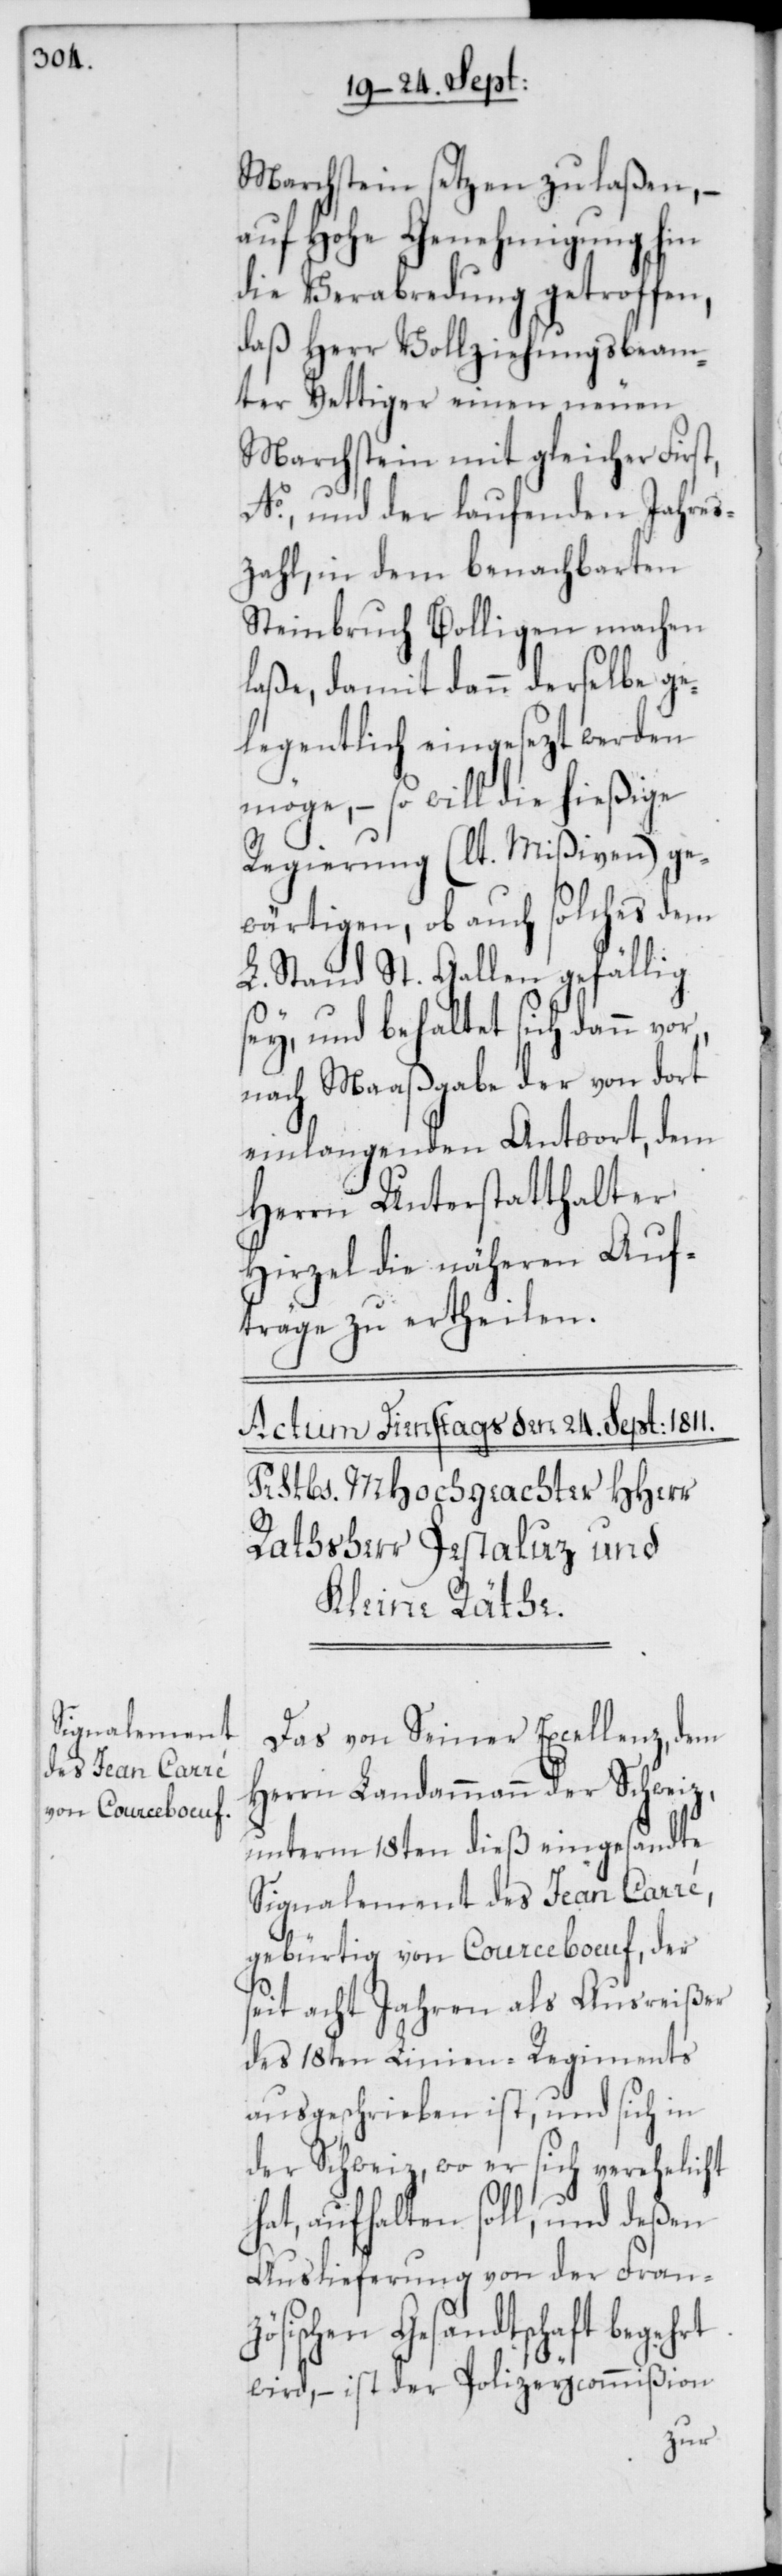
Marchstein setzen zu laßen, –
auf Hohe Genehmigung hin
die Verabredung getroffen,
daß Herr Vollziehungsbeam¬
ter Vettiger einen neuen
Marchstein mit gleicher First,
No.,und der laufenden Jahres¬
zahl, in dem benachbarten
Steinbruch Bolligen machen
laße, damit dann derselbe ge¬
legentlich eingesezt werden
möge, – so will die hießige
Regierung (lt. Mißiven) ge¬
wärtigen, ob auch solches dem
L. Stand St. Gallen gefällig
sey, und behaltet sich dann
nach Maaßgabe der von dort
einlangenden Antwort, dem
Herrn Unterstatthalter
Hirzel die näheren Auf¬
träge zu ertheilen.
Das von Seiner Excellenz, dem
Herrn Landammann der Schweiz,
unterm 18ten dieß eingesandte
Signalement des Jean Carré,
gebürtig von Courceboeuf, der
seit acht Jahren als Ausreißer
des 18ten Linien-Regiments
ausgeschrieben ist, und sich in
der Schweiz, wo er sich verehelicht
hat, aufhalten soll, und deßen
Auslieferung von der Franz¬
ösischen Gesandtschaft begehrt
wird, – ist der Polizeycommißion